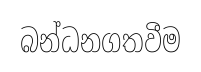
බන්ධනගතවීම